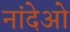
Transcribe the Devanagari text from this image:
नांदेओ